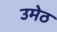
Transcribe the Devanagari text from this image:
उमेठ